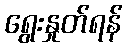
ရွေးနှုတ်ရန်